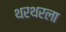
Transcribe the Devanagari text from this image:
थरथरला